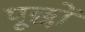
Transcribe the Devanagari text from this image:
पूछों